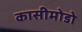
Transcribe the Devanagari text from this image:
कासीमोडो